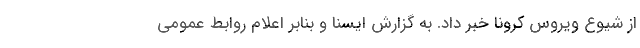
از شیوع ویروس کرونا خبر داد. به گزارش ایسنا و بنابر اعلام روابط عمومی